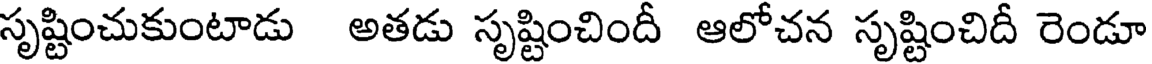
సృష్టించుకుంటాడు అతడు సృష్టించిందీ ఆలోచన సృష్టించిదీ రెండూ